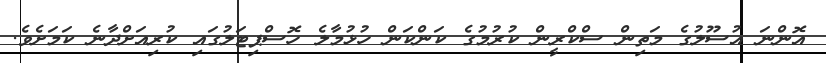
އޮންނަ އުސޫލުގެ މަތިން ސްކްރީން ކުރުމުގެ ކަންކަން ހުޅުމާލެ ހޮސްޕިޓަލުގައި ކުރިއަށްދާނެ ކަމަށެވެ.